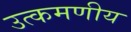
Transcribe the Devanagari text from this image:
उत्कमणीय